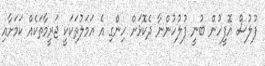
ފުލުސް އޮފީހުން ބުނީ ފުލުހުންނާ ދެކޮޅަށް ހިންގި އެ އަމަލުތަކަކީ ޖަރީމާތަކެއް ކަމަށާއި